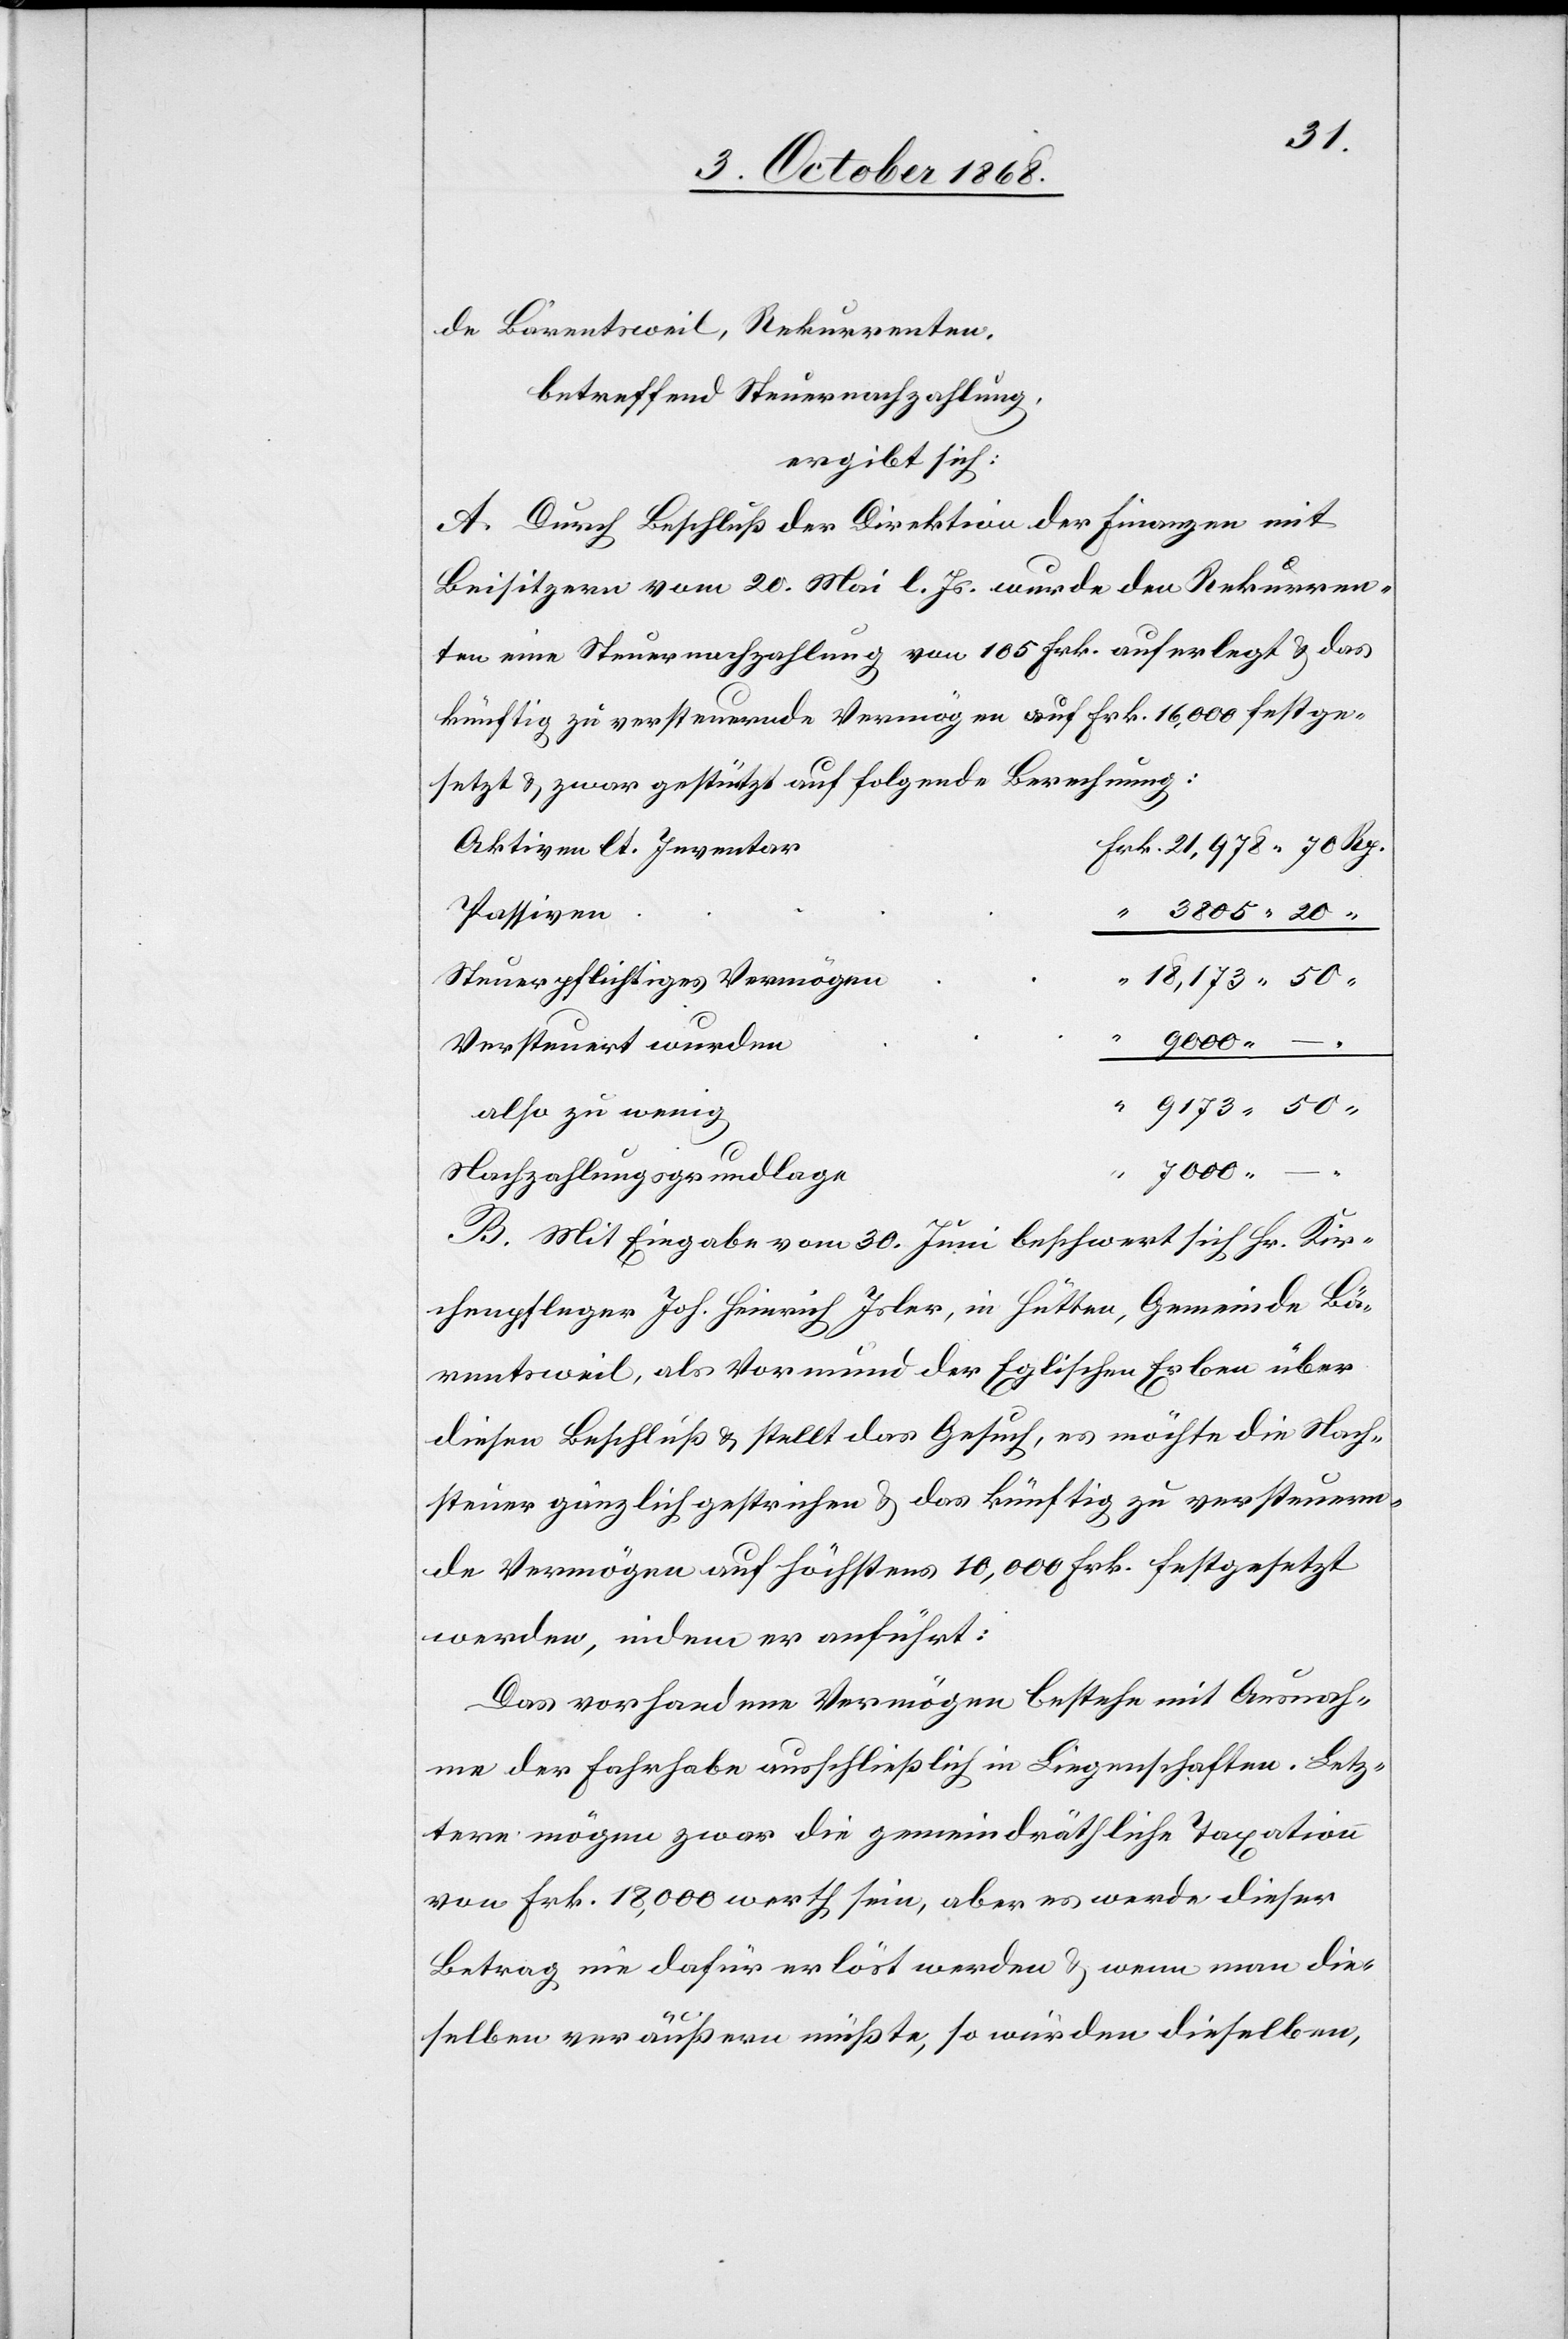
de Bärentsweil, Rekurrenten,
betreffend Steuernachzahlung,
ergibt sich:
A. Durch Beschluß der Direktion der Finanzen mit
Beisitzern vom 20. Mai l. Js. wurde den Rekurren¬
ten eine Steuernachzahlung von 105 Frk. auferlegt & das
künftig zu versteuernde Vermögen auf Frk. 16,000 festge¬
setzt & zwar gestützt auf folgende Berechnung:
Frk. 21,978 70 Rp.
Aktiven lt. Inventar
Passiven
“ 3805 20
Steuerpflichtiges Vermögen
“ 18,173 50 “
Versteuert wurden
“ 9173 50
also zu wenig
“
7000 –
Nachzahlungsgrundlage
B. Mit Eingabe vom 30. Juni beschwert sich Hr. Kir¬
chenpfleger Joh. Heinrich Isler, in Hütten, Gemeinde Bä¬
rentsweil, als Vormund der Eglischen Erben über
diesen Beschluß & stellt das Gesuch, es möchte die Nach¬
steuer gänzlich gestrichen & das künftig zu versteuern¬
de Vermögen auf höchstens 10,000 Frk. festgesetzt
werden, indem er anführt:
Das vorhandene Vermögen bestehe mit Ausnah¬
me der Fahrhabe ausschließlich in Liegenschaften. Letz¬
tere mögen zwar die gemeindräthliche Taxation
von Frk. 18,000 werth sein, aber es werde dieser
Betrag nie dafür erlöst werden & wenn man die¬
selben veräußern müßte, so würden dieselben,